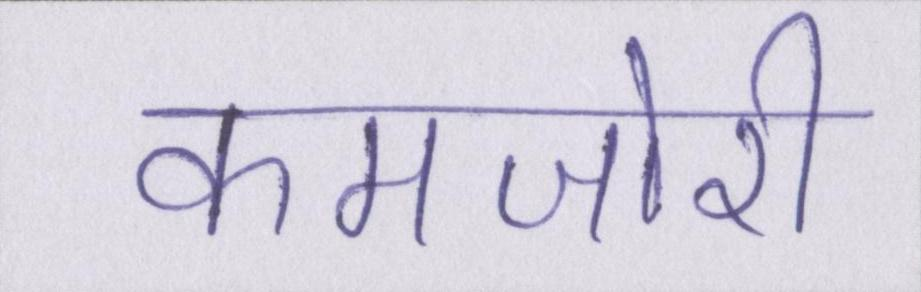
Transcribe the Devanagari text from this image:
कमजोरी